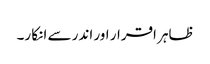
ظاہر اقرار اور اندر سے انکا ر۔